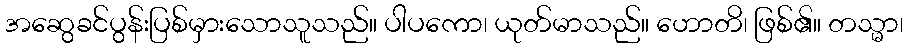
အဆွေခင်ပွန်းပြစ်မှားသောသူသည်။ ပါပကော၊ ယုတ်မာသည်။ ဟောတိ၊ ဖြစ်၏။ တသ္မာ၊